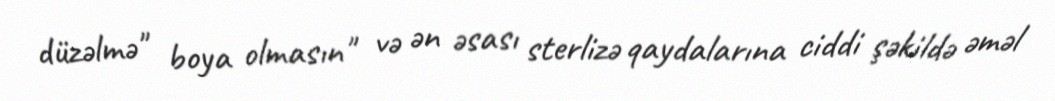
düzəlmə" boya olmasın" və ən əsası sterlizə qaydalarına ciddi şəkildə əməl